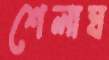
শেলাঘ